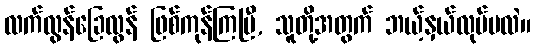
လက်လွန်ခြေလွန် ဖြစ်ကုန်ကြပြီ, သူတို့အတွက် ဘယ့်နှယ်လုပ်မလဲ။